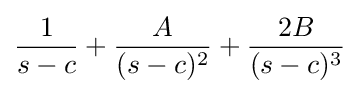
{\frac {1}{s-c}}+{\frac {A}{(s-c)^{2}}}+{\frac {2B}{(s-c)^{3}}}